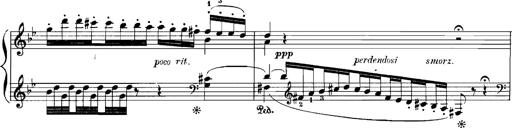
Title: Rhapsodies hongroises
Composer: Franz Liszt